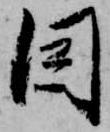
因